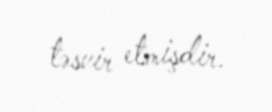
təsvir etmişdir.